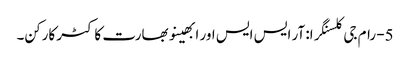
5- رام جی کلسنگرا: آر ایس ایس اور ابھینو بھارت کا کٹر کارکن۔